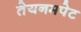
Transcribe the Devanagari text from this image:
तेयनमपेट